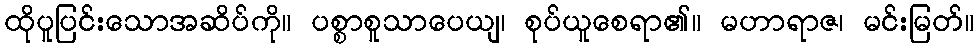
ထိုပူပြင်းသောအဆိပ်ကို။ ပစ္စာစူသာပေယျ၊ စုပ်ယူစေရာ၏။ မဟာရာဇ၊ မင်းမြတ်။